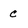
Character: c